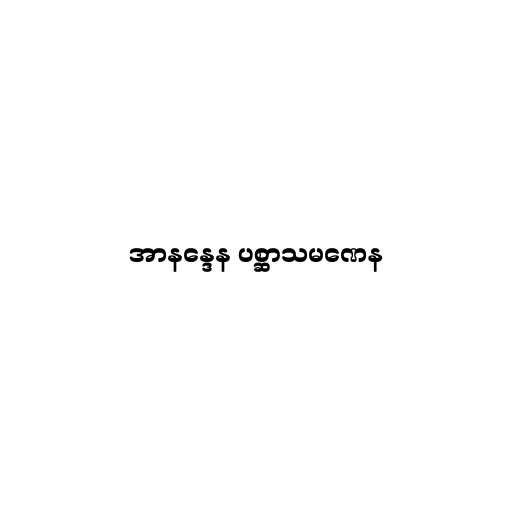
အာနန္ဒေန ပစ္ဆာသမဏေန